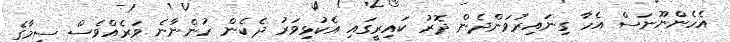
އެހެންނޫނަސް އެހާ ގިނައިރުވަންދެން ދޮރު ކައިރީގައި އެކުޅިވަރު ދެކެން ހުންނާނެ ވަރެއްވެސް ސީމާގެ